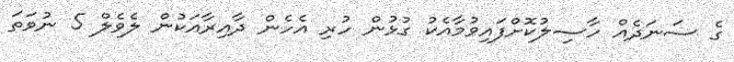
ގެ ސަނަދެއް ހާސިލުކޮށްފައިވުމާއެކު ގުޅުން ހުރި އެހެން ދާއިރާއަކުން ލެވެލް 5 ނުވަތަ